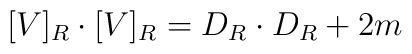
[V]_R \cdot [V]_R = D_R \cdot D_R + 2m